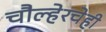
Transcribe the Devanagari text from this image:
चौल्हेरचेही